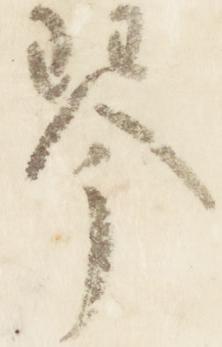
琴